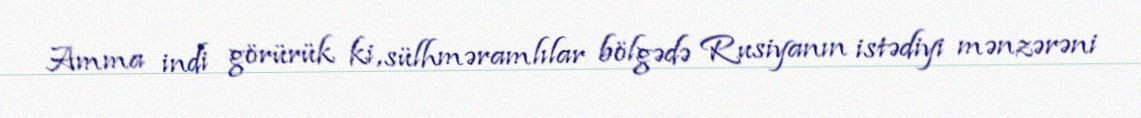
Amma indi görürük ki, sülhməramlılar bölgədə Rusiyanın istədiyi mənzərəni